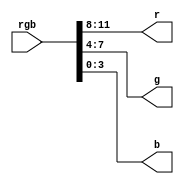
`timescale 1ns / 1ps
//////////////////////////////////////////////////////////////////////////////////
// Company: 
// Engineer: 
// 
// Design Name: 
// Module Name: rgb_to_each
// Project Name: 
// Target Devices: 
// Tool Versions: 
// Description: 
// 
// Dependencies: 
// 
// Revision:
// Revision 0.01 - File Created
// Additional Comments:
// 
//////////////////////////////////////////////////////////////////////////////////


module rgb_to_each(
    input [11:0] rgb,
    output [3:0] r,
    output [3:0] g,
    output [3:0] b
    );
    
    assign r = rgb[11:8];
    assign g = rgb[7:4];
    assign b = rgb[3:0];
    
endmodule